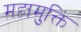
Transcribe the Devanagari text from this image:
महामुक्ति